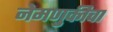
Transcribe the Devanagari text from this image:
नेमणुकीचा